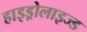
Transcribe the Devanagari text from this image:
हाइड्रोलाइज्ड